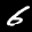
Label: 6